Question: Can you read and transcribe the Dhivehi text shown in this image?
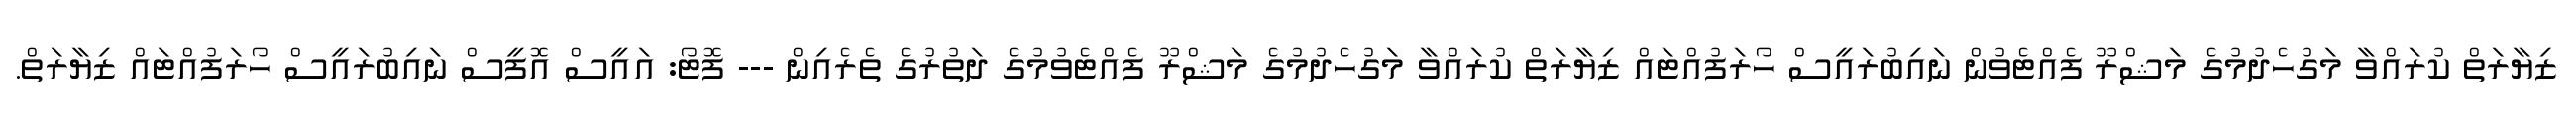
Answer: ޒިޔާރަތް ކުރައްވާ މަގުހެދުމުގެ މަޝްރޫ ފެއްޓެވުން ނައިބުރައީސް ހޯރަފުއްޓައް ޒިޔާރަތް ކުރައްވާ މަގުހެދުމުގެ މަޝްރޫ ފެއްޓެވުމުގެ ދަތުރުގެ ތެރެއިން --- ފޮޓޯ: އައީސް އޮފީސް ނައިބުރައީސް ހޯރަފުއްޓައް ޒިޔާރަތް.